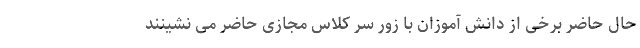
حال حاضر برخی از دانش آموزان با زور سر کلاس مجازی حاضر می‌ نشینند